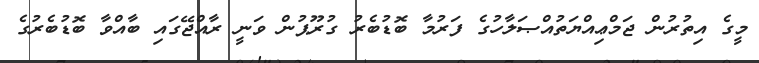
މީގެ އިތުރުން ޖަމްޢިއްޔަތުއްޞަލާހުގެ ފަރުމާ ބޮޑުބެރު ގުރޫޕުން ވަނީ ރާއްޖޭގައި ބާއްވާ ބޮޑުބެރުގެ